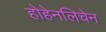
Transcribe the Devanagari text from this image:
होहेनलिचेन